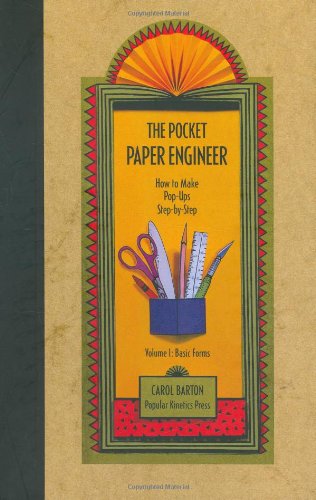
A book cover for The Pocket Paper Engineer, Volume I: Basic Forms: How to Make Pop-Ups Step-by-Step; Carol Barton; Crafts, Hobbies & Home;